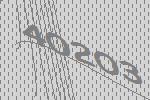
40203